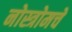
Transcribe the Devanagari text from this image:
नोस्त्रोमचे